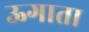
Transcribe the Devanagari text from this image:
ऊगाता